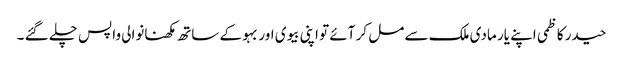
حیدر کاظمی اپنے یار مادی ملک سے مل کر آئے تو اپنی بیوی اور بہو کے ساتھ مکھنانوالی واپس چلے گئے ۔